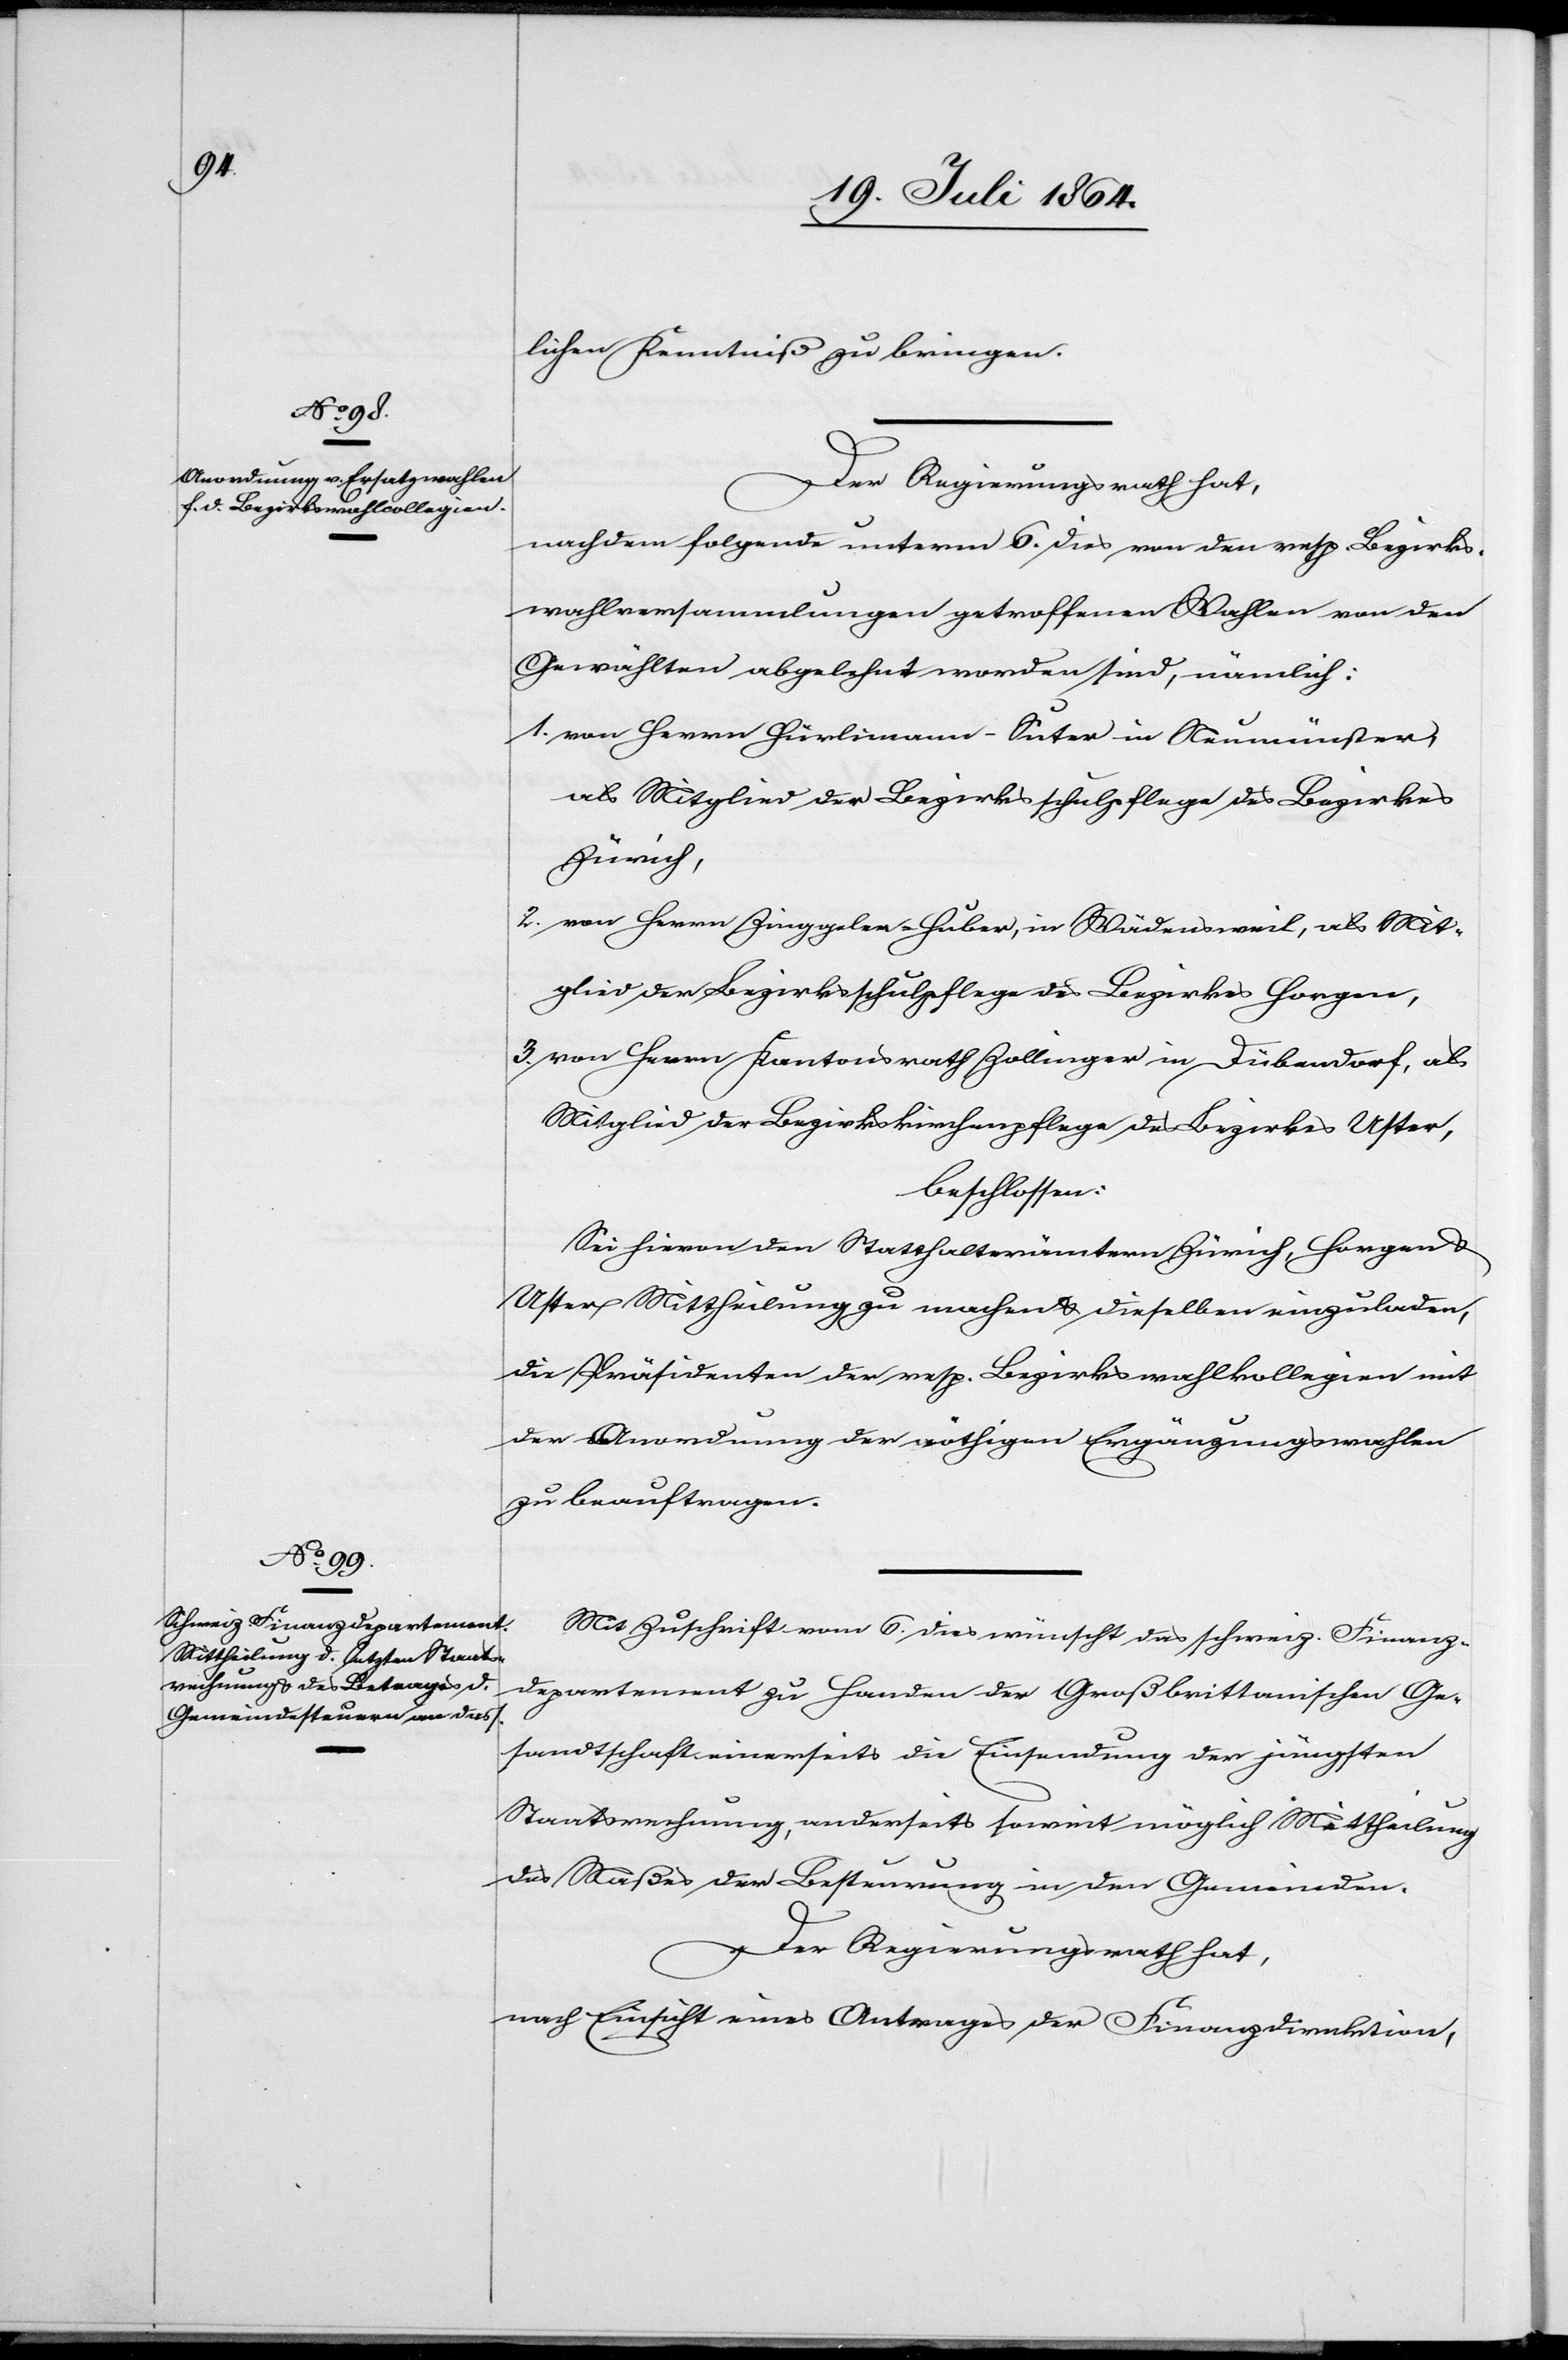
lichen Kenntniß zu bringen.
Der Regierungsrath hat,
nachdem folgende unterm 6. dies von den resp. Bezirks¬
wahlversammlungen getroffenen Wahlen von den
Gewählten abgelehnt worden sind, nämlich:
1. von Herrn Hürlimann-Suter in Neumünster,
als Mitglied der Bezirksschulpflege des Bezirks
Zürich,
2. von Herrn Zinggeler-Huber, in Wädensweil, als Mit¬
glied der Bezirksschulpflege des Bezirkes Horgen,
3. von Herrn Kantonsrath Zollinger in Dübendorf, als
Mitglied der Bezirkskirchenpflege des Bezirkes Uster,
beschlossen:
Sei hievon den Statthalterämtern Zürich, Horgen u.
Uster Mittheilung zu machen u. dieselben einzuladen,
die Präsidenten der resp. Bezirkswahlkollegien mit
der Anordnung der nöthigen Ergänzungswahlen
zu beauftragen.
Mit Zuschrift vom 6. dies wünscht das schweiz. Finanz¬
departement zu Handen der Großbrittanischen Ge¬
sandtschaft einerseits die Einsendung der jüngsten
Staatsrechnung, anderseits soweit möglich Mittheilung
des Maßes der Besteuerung in den Gemeinden.
nach Einsicht eines Antrages der Finanzdirektion,